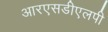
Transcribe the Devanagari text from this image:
आरएसडीएलपी